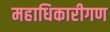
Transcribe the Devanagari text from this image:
महाधिकारीगण